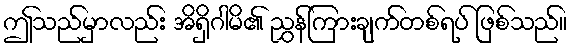
ဤသည်မှာလည်း အိရှိဂါမိ၏ ညွှန်ကြားချက်တစ်ရပ် ဖြစ်သည်။